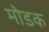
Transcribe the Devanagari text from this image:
माेडक